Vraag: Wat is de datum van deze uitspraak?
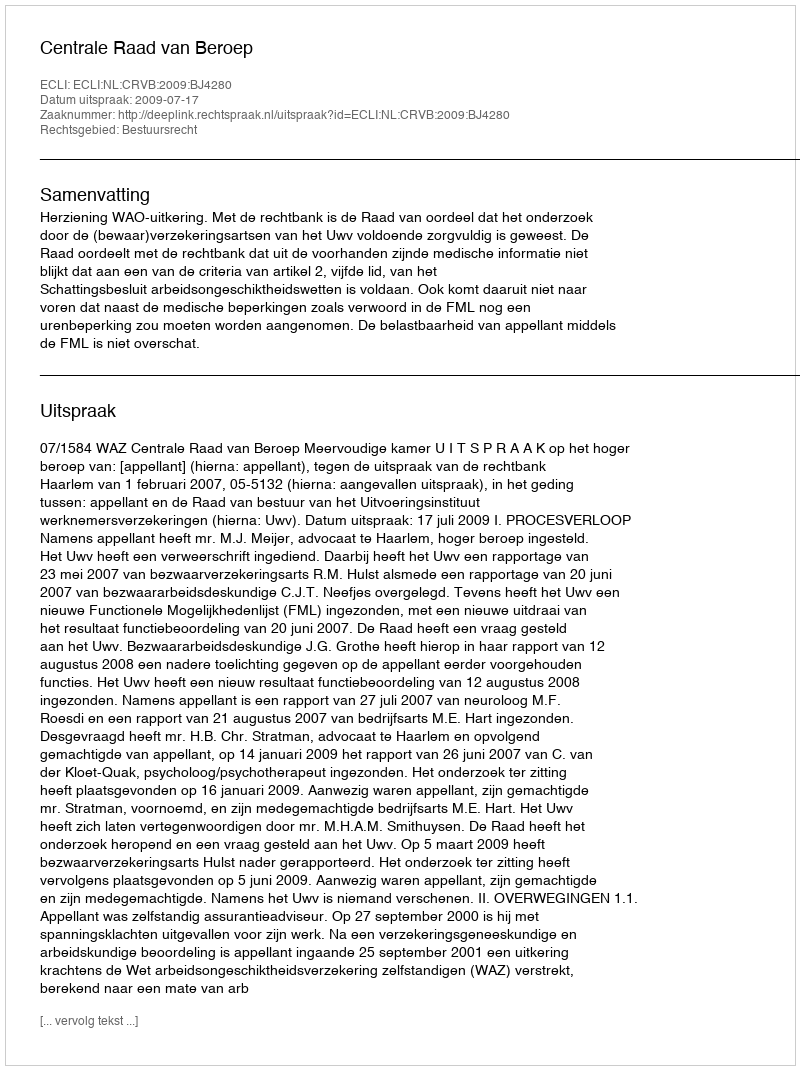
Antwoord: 2009-07-17